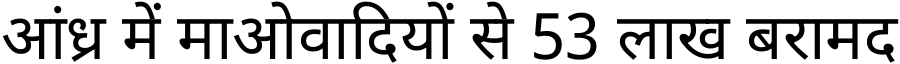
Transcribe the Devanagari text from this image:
आंध्र में माओवादियों से 53 लाख बरामद